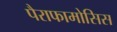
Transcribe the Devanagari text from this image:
पैराफामोसिस